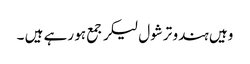
وہیں ہندو ترشول لیکر جمع ہو رہے ہیں ۔